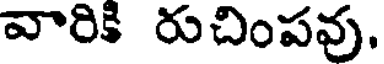
వారికి రుచింపవు.